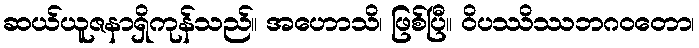
ဆယ်ယူဇနာရှိကုန်သည်။ အဟောသိ၊ ဖြစ်ပြီ။ ဝိပဿိဿဘဂဝတော၊